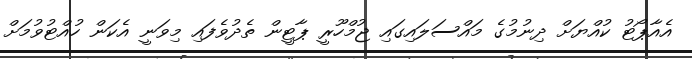
އެއާޕޯޓު ކުއްޔަށް ދިނުމުގެ މައްސަލައިގައި ޖުމްހޫރީ ޕާޓީން ތެދުވެފައި މިވަނީ އެކަން ހުއްޓުވުމަށް